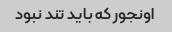
اونجور که باید تند نبود